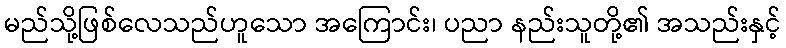
မည်သို့ဖြစ်လေသည်ဟူသော အကြောင်း၊ ပညာ နည်းသူတို့၏ အသည်းနှင့်